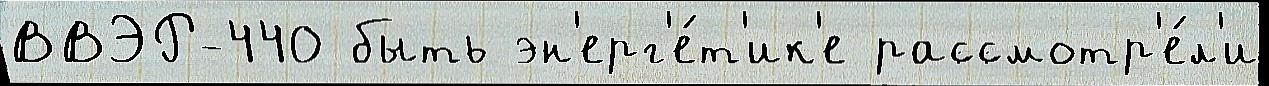
ВВЭР-440 быть эн'ерг'е́т'ик'е рассмотр'е́л'и